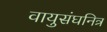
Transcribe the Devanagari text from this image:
वायुसंघनित्र